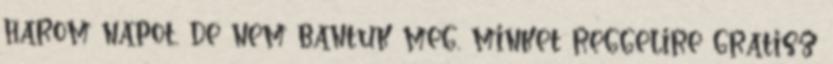
harom napot, de nem bantuk meg, minket reggelire gratisz